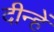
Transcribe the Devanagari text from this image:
दीन्‍हें